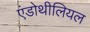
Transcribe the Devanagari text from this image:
एंडोथीलियल